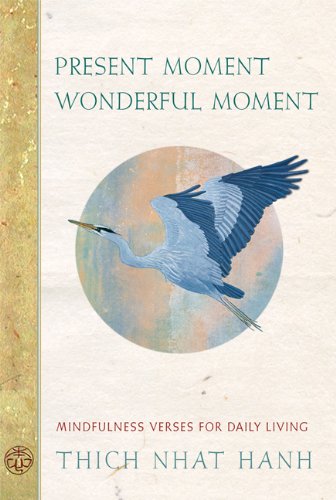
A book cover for Present Moment Wonderful Moment: Mindfulness Verses for Daily Living; Thich Nhat Hanh; Religion & Spirituality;